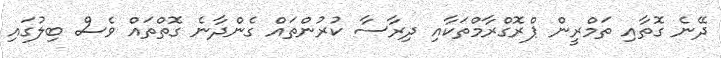
ދޭނެ ގޮތާއި ތަމްރީން ޕްރޮގްރާމްތަކާއި ދިރާސާ ކުރުންތައް ގެންދާނެ ގޮތްތައް ވެސް ބިލުގައި